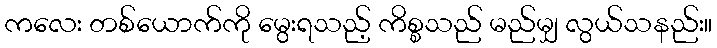
ကလေး တစ်ယောက်ကို မွေးရသည့် ကိစ္စသည် မည်မျှ လွယ်သနည်း။